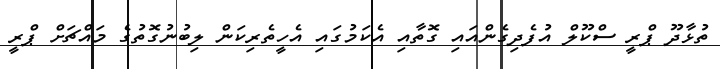
ތުޅާދޫ ޕްރީ ސްކޫލް އުފެދިގެންއައި ގޮތާއި އެކަމުގައި އެހީތެރިކަން ލިބުނުގޮތުގެ މައްޗަށް ޕްރީ